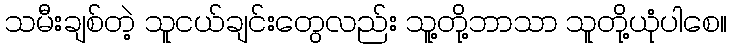
သမီးချစ်တဲ့ သူငယ်ချင်းတွေလည်း သူ့တို့ဘာသာ သူတို့ယုံပါစေ။